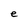
Character: e